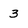
Character: 3